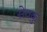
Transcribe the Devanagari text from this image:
सेवकु